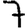
Digit: 7